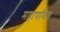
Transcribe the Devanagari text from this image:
महापवित्र